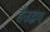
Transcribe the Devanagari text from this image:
हैंउद्भव